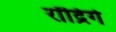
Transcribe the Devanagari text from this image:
रॉद्रिगे